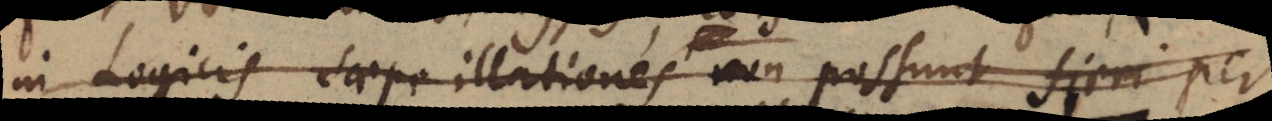
in Logicis saepe illationes non possunt fieri per